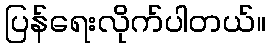
ပြန်ရေးလိုက်ပါတယ်။